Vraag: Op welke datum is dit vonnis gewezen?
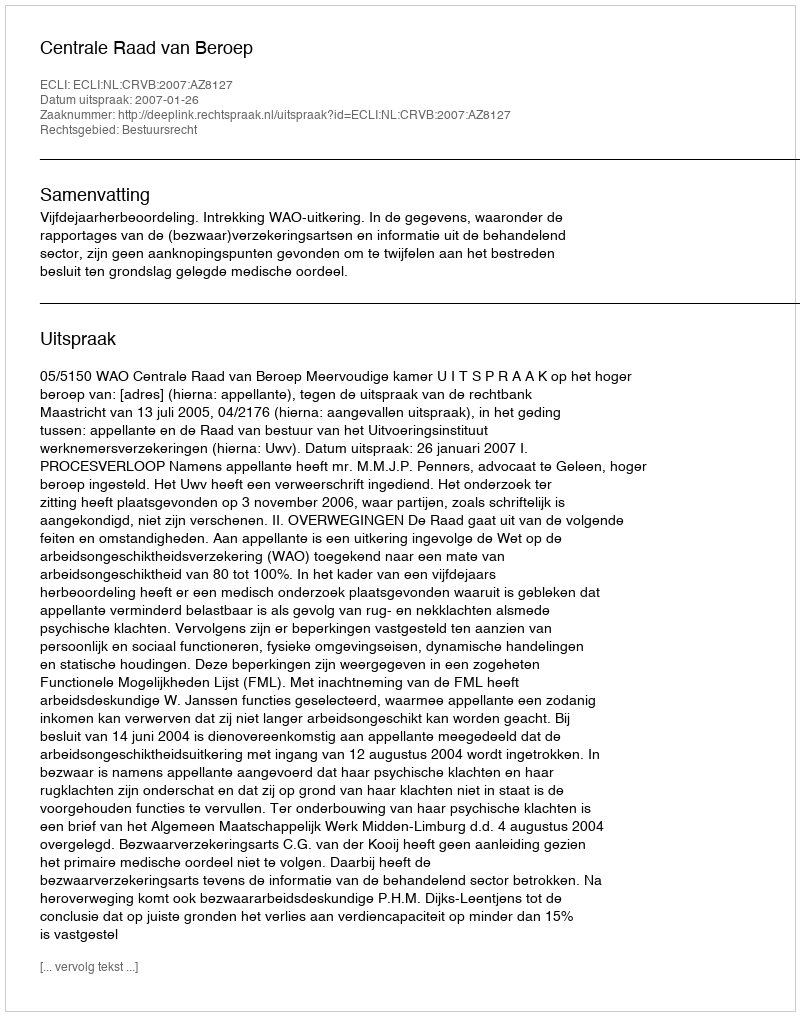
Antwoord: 2007-01-26